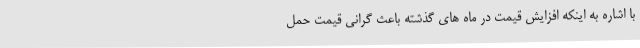
با اشاره به اینکه افزایش قیمت در ماه های گذشته باعث گرانی قیمت حمل